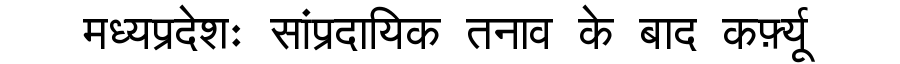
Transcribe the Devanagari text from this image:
मध्यप्रदेशः सांप्रदायिक तनाव के बाद कर्फ़्यू